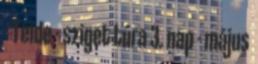
- Teide - sziget túra 3. nap - május